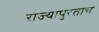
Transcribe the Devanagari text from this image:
राज्यापुरताच